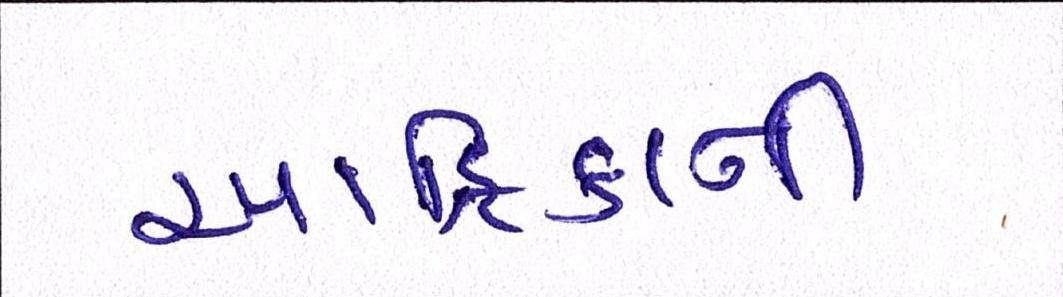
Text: આફ્રિકાની